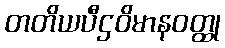
တတိယပီဌဝိမာနဝတ္ထု